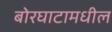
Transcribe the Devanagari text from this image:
बोरघाटामधील